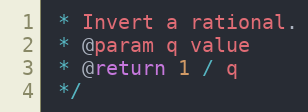
Language: C
 * Invert a rational.
 * @param q value
 * @return 1 / q
 */